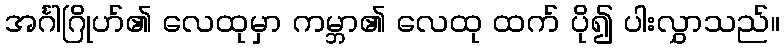
အင်္ဂါဂြိုဟ်၏ လေထုမှာ ကမ္ဘာ၏ လေထု ထက် ပို၍ ပါးလွှာသည်။